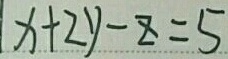
x + 2 y - z = 5